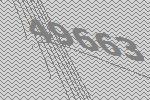
49663